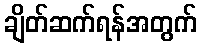
ချိတ်ဆက်ရန်အတွက်